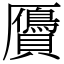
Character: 贗